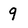
Character: 9